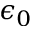
\epsilon _ { 0 }